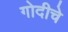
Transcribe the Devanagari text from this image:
गोदीचे